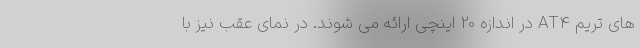
های تریم AT4 در اندازه 20 اینچی ارائه می شوند. در نمای عقب نیز با